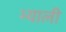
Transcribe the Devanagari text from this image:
भ्याली